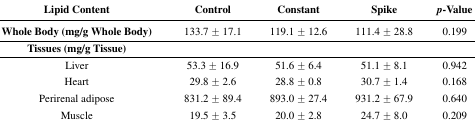
| Lipid Content | Control | Constant | Spike | p-Value |
 | --- | --- | --- | --- | --- |
 | Whole Body (mg/g Whole Body) | 133.7 ± 17.1 | 119.1 ± 12.6 | 111.4 ± 28.8 | 0.199 |
 | Tissues (mg/g Tissue) |  |  |  |  |
 | Liver | 53.3 ± 16.9 | 51.6 ± 6.4 | 51.1 ± 8.1 | 0.942 |
 | Heart | 29.8 ± 2.6 | 28.8 ± 0.8 | 30.7 ± 1.4 | 0.168 |
 | Perirenal adipose | 831.2 ± 89.4 | 893.0 ± 27.4 | 931.2 ± 67.9 | 0.640 |
 | Muscle | 19.5 ± 3.5 | 20.0 ± 2.8 | 24.7 ± 8.0 | 0.209 |